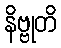
နိဗ္ဗုတိ